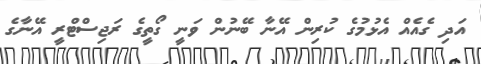
އަދި ގެއެއް އެޅުމުގެ ކުރިން އޭނާ ބޭނުން ވަނީ ގޯތީގެ ރަޖިސްޓްރީ އޭނާގެ